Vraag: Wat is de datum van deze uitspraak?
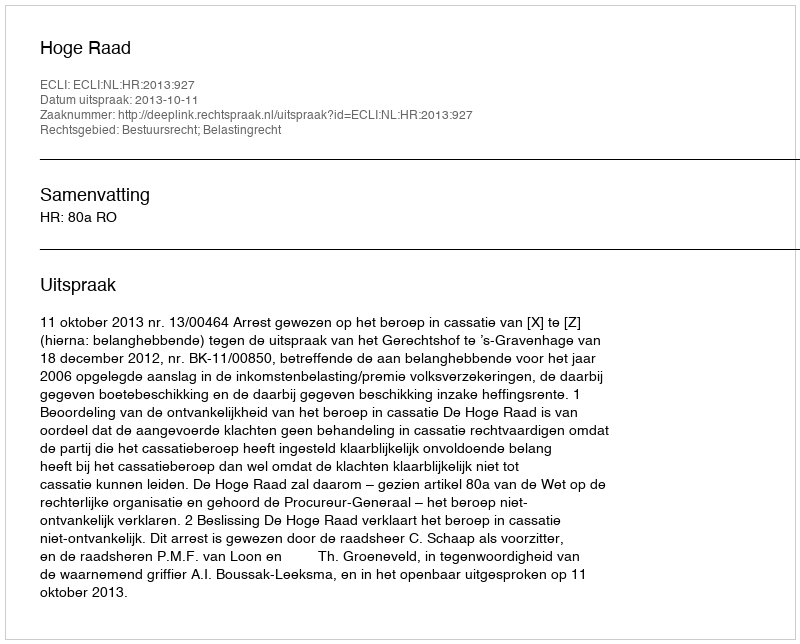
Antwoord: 2013-10-11